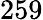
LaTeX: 259